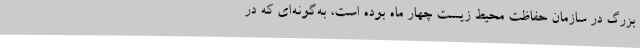
بزرگ در سازمان حفاظت محیط زیست چهار ماه بوده است، به‌گونه‌ای که در